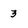
Character: 3